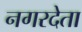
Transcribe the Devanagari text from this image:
नगरदेता